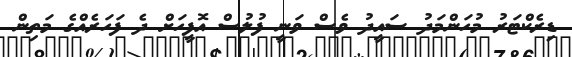
ޑިރެކްޓަރު މުހަންމަދު ސައީދު ވެސް ވަނީ ފުލުސް އޮފީހަށް ދެ ފަހަރެއްގެ މަތިން